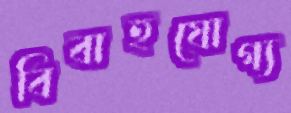
বিবাহযোগ্য